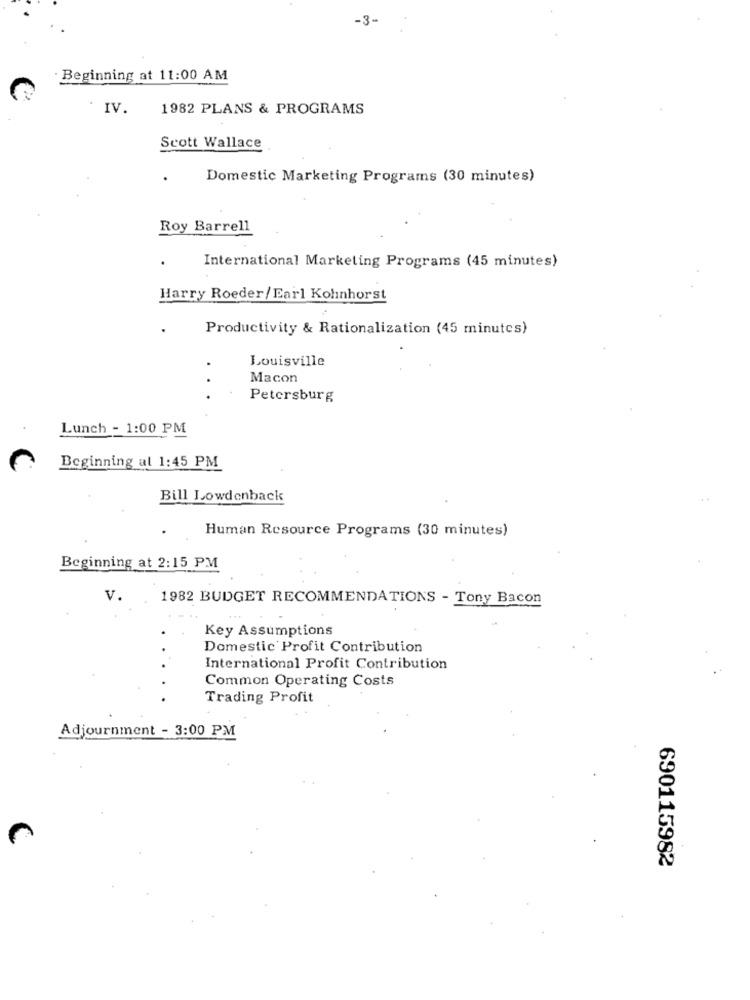
-3-
· Beginning at 11:00 AM
IV.
1982 PLANS & PROGRAMS
Scott Wallace
Domestic Marketing Programs (30 minutes)
Roy Barrell
International Marketing Programs (45 minutes)
Harry Roeder/ Earl Kohnhorst
Productivity & Rationalization (45 minutes)
Louisville
Macon
Petersburg
Lunch - 1:00 PM
Beginning al 1:45 PM
Bill Lowdenback
Human Resource Programs (30 minutes)
Beginning at 2:15 PM
V.
1982 BUDGET RECOMMENDATIONS - Tony Bacon
Key Assumptions
Domestic Profit Contribution
International Profit Contribution
Common Operating Costs
Trading Profit
Adjournment - 3:00 PM
690115982